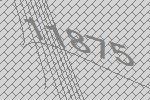
11875